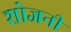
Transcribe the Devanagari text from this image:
शोजनी